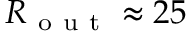
R _ { \mathrm { ~ o ~ u ~ t ~ } } \approx 2 5